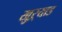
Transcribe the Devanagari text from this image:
खुऱ्याड